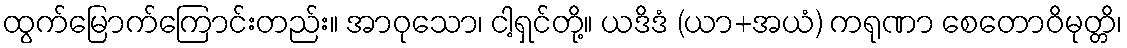
ထွက်မြောက်ကြောင်းတည်း။ အာဝုသော၊ ငါ့ရှင်တို့။ ယဒိဒံ (ယာ+အယံ) ကရုဏာ စေတောဝိမုတ္တိ၊